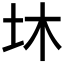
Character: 𡉿